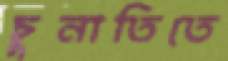
চুনাতিতে